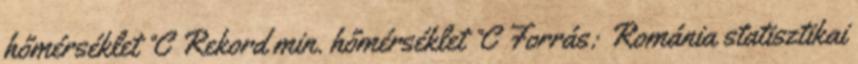
hőmérséklet °C Rekord min. hőmérséklet °C Forrás: Románia statisztikai